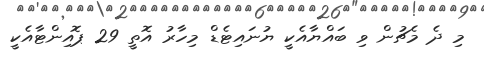
މި ދެ މެޗުން ވި ބައްޔާއެކީ ޔުނައިޓެޑް މިހާރު އޮތީ 29 ޕޮއިންޓާއެކީ